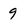
Character: 9